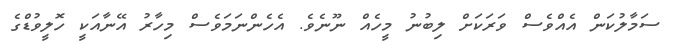
ސަމާލުކަން އެއްވެސް ވަރަކަށް ލިބުނު މީހެއް ނޫނެވެ. އެހެންނަމަވެސް މިހާރު އޭނާއަކީ ހޮލީވުޑްގެ